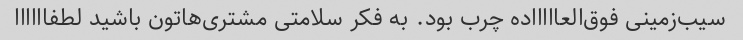
سیب‌زمینی فوق‌العاااااده چرب بود. به فکر سلامتی مشتری‌هاتون باشید لطفاااااا